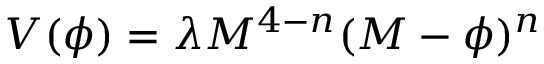
V ( \phi ) = \lambda M ^ { 4 - n } ( M - \phi ) ^ { n }